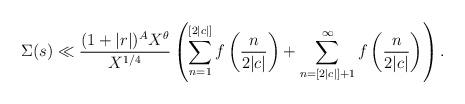
LaTeX: \begin{align*}\Sigma(s)\ll\frac{(1+|r|)^AX^{\theta}}{X^{1/4}}\left(\sum_{n=1}^{[2|c|]}f\left(\frac{n}{2|c|}\right)+\sum_{n=[2|c|]+1}^{\infty}f\left(\frac{n}{2|c|}\right)\right).\end{align*}